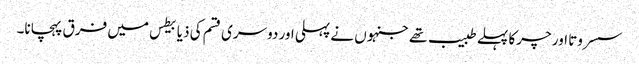
سسروتا اور چرکا پہلے طبیب تھے جنہوں نے پہلی اور دوسری قسم کی ذیابیطس میں فرق پہچانا۔